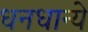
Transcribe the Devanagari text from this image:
धनधान्ये